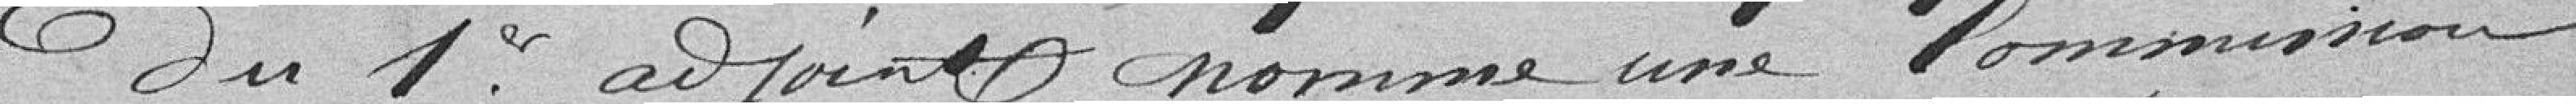
du premier adjoint, nomme une Commission